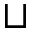
\sqcup